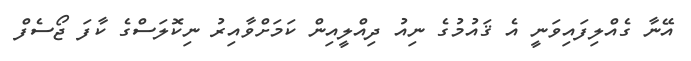
އޭނާ ގެއްލިފައިވަނީ އެ ޤައުމުގެ ނިއު ދިއްލީއިން ކަމަށްވާއިރު ނިކޮލަސްގެ ކާފަ ޖޯސެފް